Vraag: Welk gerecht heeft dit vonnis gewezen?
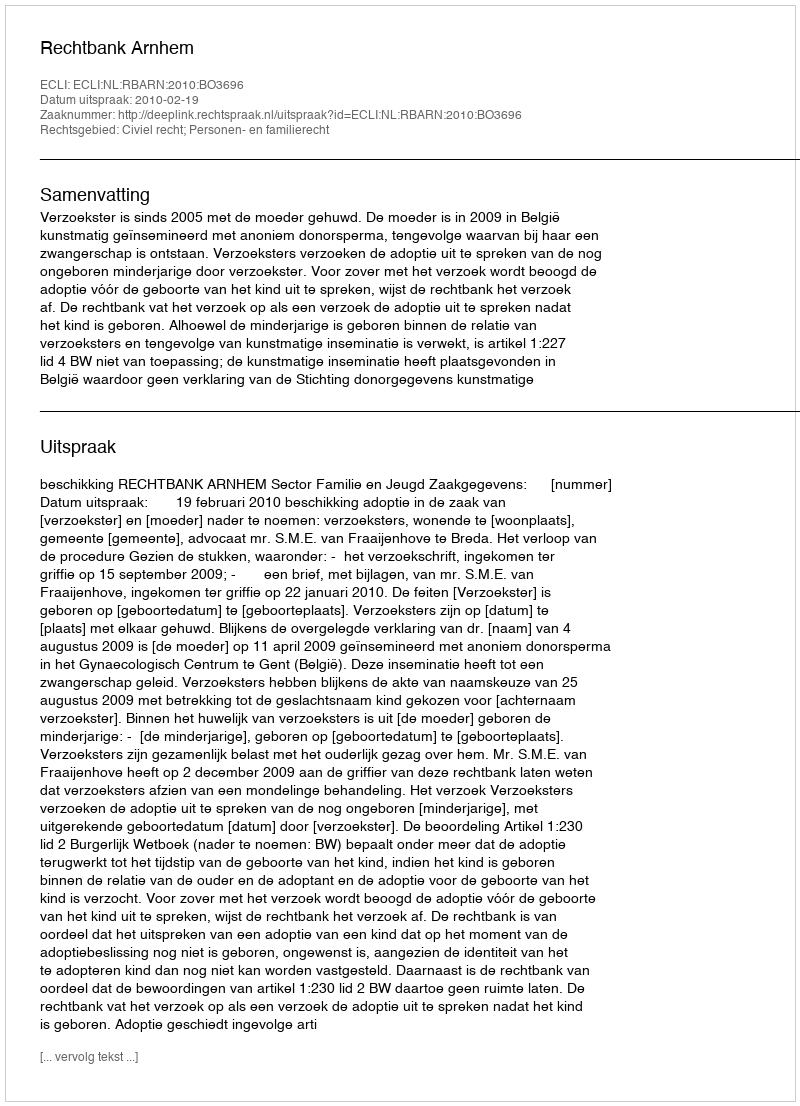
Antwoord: Rechtbank Arnhem